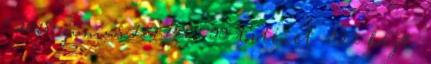
” 2018. június 11., 14:03 ‎99 történet ‎ 922 bájt